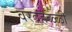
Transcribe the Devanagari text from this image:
वरदहळ्ळी